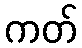
ကတ်